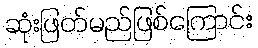
ဆုံးဖြတ်မည်ဖြစ်ကြောင်း